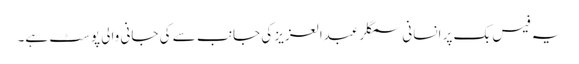
یہ فیس بک پر انسانی سمگلر عبدالعزیز کی جانب سے کی جانی والی پوسٹ ہے۔